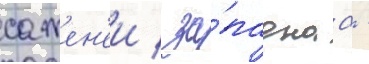
сажен'еи / за́паднаа -